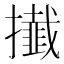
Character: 㩥